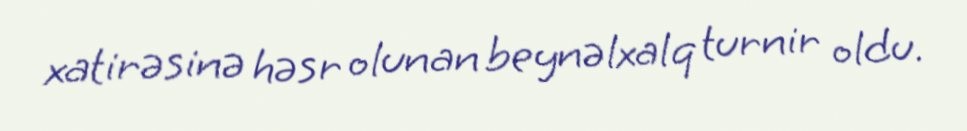
xatirəsinə həsr olunan beynəlxalq turnir oldu.